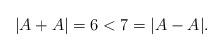
LaTeX: \begin{align*}|A+A| = 6 < 7 = |A-A|.\end{align*}